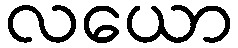
လယော